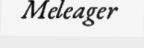
Meleager